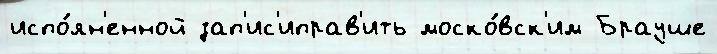
испо́лн'енной зап'ис'иправ'ить моско́вск'им Брауше